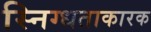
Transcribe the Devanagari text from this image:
स्निग्धताकारक